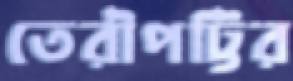
তেরীপট্টির